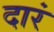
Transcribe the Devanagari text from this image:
दारं